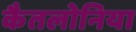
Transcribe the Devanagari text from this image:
कैतलोनिया